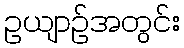
ဥယျာဉ်အတွင်း